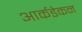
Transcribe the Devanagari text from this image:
आर्कडेकन